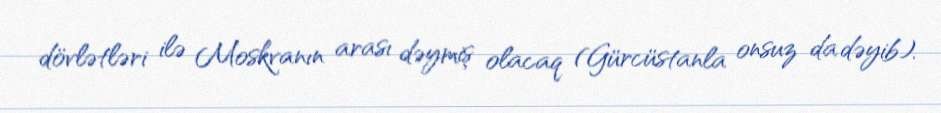
dövlətləri ilə Moskvanın arası dəymiş olacaq (Gürcüstanla onsuz da dəyib).